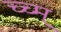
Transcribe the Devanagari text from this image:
च्च्म्